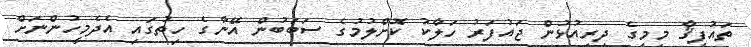
ތައުފީޤާ މިމީގެ ދިރިއުޅުން ޖައުފަރު ހަލާކު ކޮށްލުމުގެ ސަބަބުން އޭނާގެ ހިތުގައި އެދެމީހުންނަށް